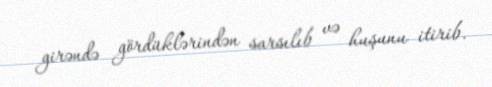
girəndə gördüklərindən sarsılıb və huşunu itirib.